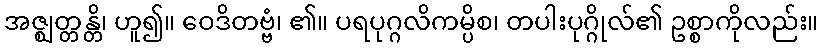
အဇ္ဈတ္တန္တိ၊ ဟူ၍။ ဝေဒိတဗ္ဗံ၊ ၏။ ပရပုဂ္ဂလိကမ္ပိစ၊ တပါးပုဂ္ဂိုလ်၏ ဥစ္စာကိုလည်း။